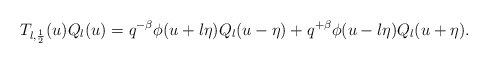
\begin{align*}T_{l, \frac12}(u) Q_{l}(u) = q^{-\beta}\phi (u+l \eta) Q_{l} (u-\eta) +q^{+\beta}\phi (u-l \eta) Q_{l} (u+\eta).\end{align*}